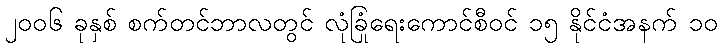
၂၀၀၆ ခုနှစ် စက်တင်ဘာလတွင် လုံခြုံရေးကောင်စီဝင် ၁၅ နိုင်ငံအနက် ၁၀